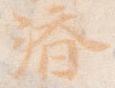
済